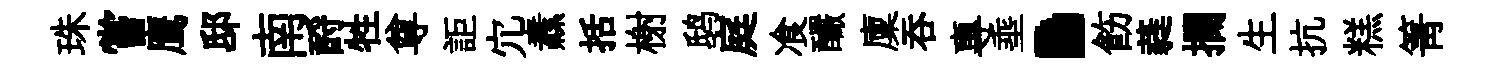
珠嘗鹰邸南酹牲尊詎宂纛括榭鸱庭飡釅廩呑專埀·飭蕤攔生抗糕箐